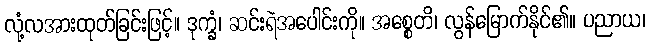
လုံ့လအားထုတ်ခြင်းဖြင့်။ ဒုက္ခံ၊ ဆင်းရဲအပေါင်းကို။ အစ္စေတိ၊ လွန်မြောက်နိုင်၏။ ပညာယ၊